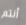
أنتم